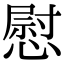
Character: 慰